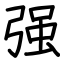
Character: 强